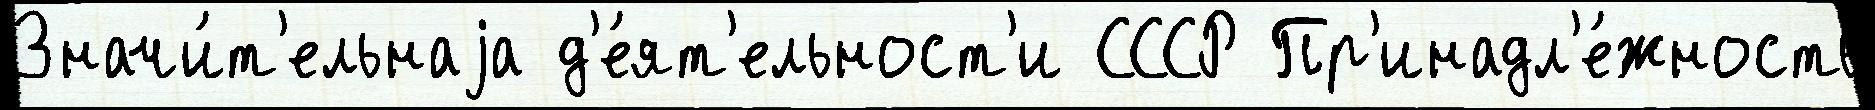
Значи́т'ельнаjа д'е́ят'ельност'и СССР Пр'инадл'е́жность